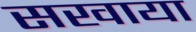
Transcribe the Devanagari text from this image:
सखाया